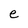
Character: e